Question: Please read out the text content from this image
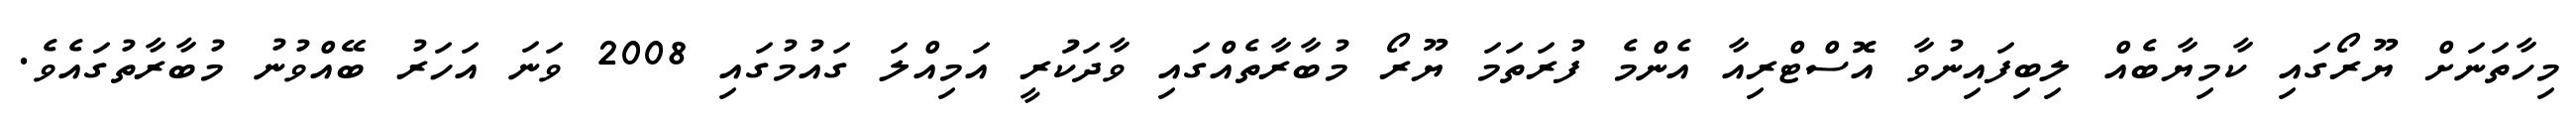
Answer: މިހާތަނަށް ޔޫރޯގައި ކާމިޔާބެއް ލިބިފައިނުވާ އޮސްޓްރިއާ އެންމެ ފުރަތަމަ ޔޫރޯ މުބާރާތެއްގައި ވާދަކަުރީ އަމިއްލަ ގައުމުގައި 2008 ވަނަ އަހަރު ބޭއްވުނު މުބާރާތުގައެވެ.